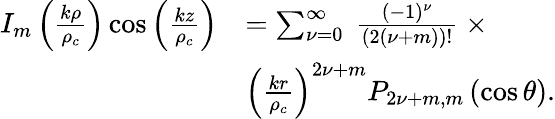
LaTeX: \begin{array}{rl}{I_{m}\left(\frac{k\rho}{\rho_{c}}\right)\cos\left(\frac{kz}{\rho_{c}}\right)}&{=\sum_{{\nu}=0}^{\infty}\ \frac{(-1)^{{\nu}}}{(2({\nu}+m))!}\ \times}\\ &{\left(\frac{kr}{\rho_{c}}\right)^{2{\nu}+m}P_{2{\nu}+m,m}\left(\cos\theta\right).}\end{array}